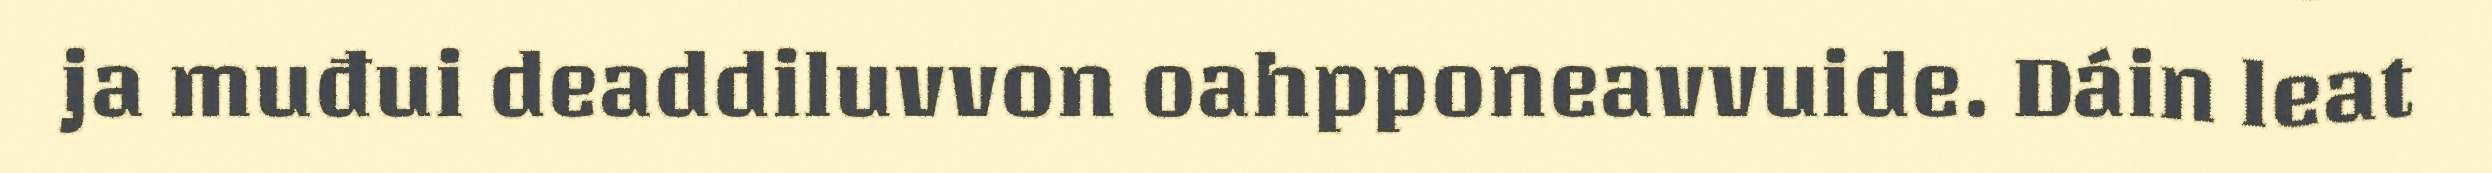
ja muđui deaddiluvvon oahpponeavvuide. Dáin leat